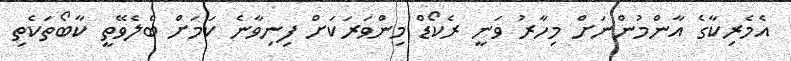
އެމެރިކާގެ އާންމުންނަށް މިހާރު ވަނީ ރެކޯޑް މިންވަރަކަށް ފިނިވާނެ ކަމަށް ބެލެވޭތީ ކާބޯތަކެތި